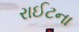
રાઈટના